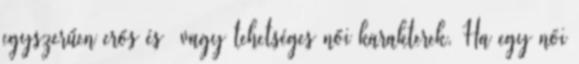
egyszerűen erős és vagy tehetséges női karakterek. Ha egy női